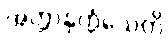
အတ္တာနုက္ကံသေတိ